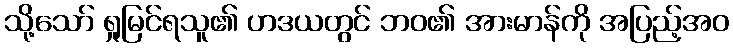
သို့သော် ရှုမြင်ရသူ၏ ဟဒယတွင် ဘဝ၏ အားမာန်ကို အပြည့်အဝ